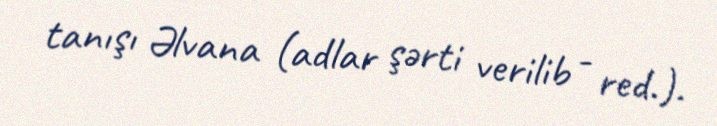
tanışı Əlvana (adlar şərti verilib - red.).